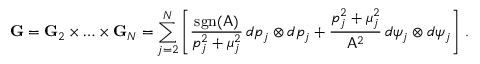
\mathbf { G } = \mathbf { G } _ { 2 } \times \hdots \times \mathbf { G } _ { N } = \sum _ { j = 2 } ^ { N } \left[ \frac { \mathrm { s g n } ( \mathsf { A } ) } { p _ { j } ^ { 2 } + \mu _ { j } ^ { 2 } } \, d p _ { j } \otimes d p _ { j } + \frac { p _ { j } ^ { 2 } + \mu _ { j } ^ { 2 } } { \mathsf { A } ^ { 2 } } \, d \psi _ { j } \otimes d \psi _ { j } \right] \, .